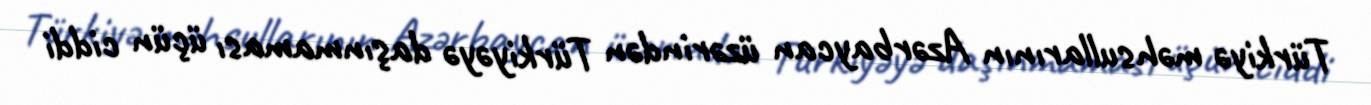
Türkiyə məhsullarının Azərbaycan üzərindən Türkiyəyə daşınmaması üçün ciddi